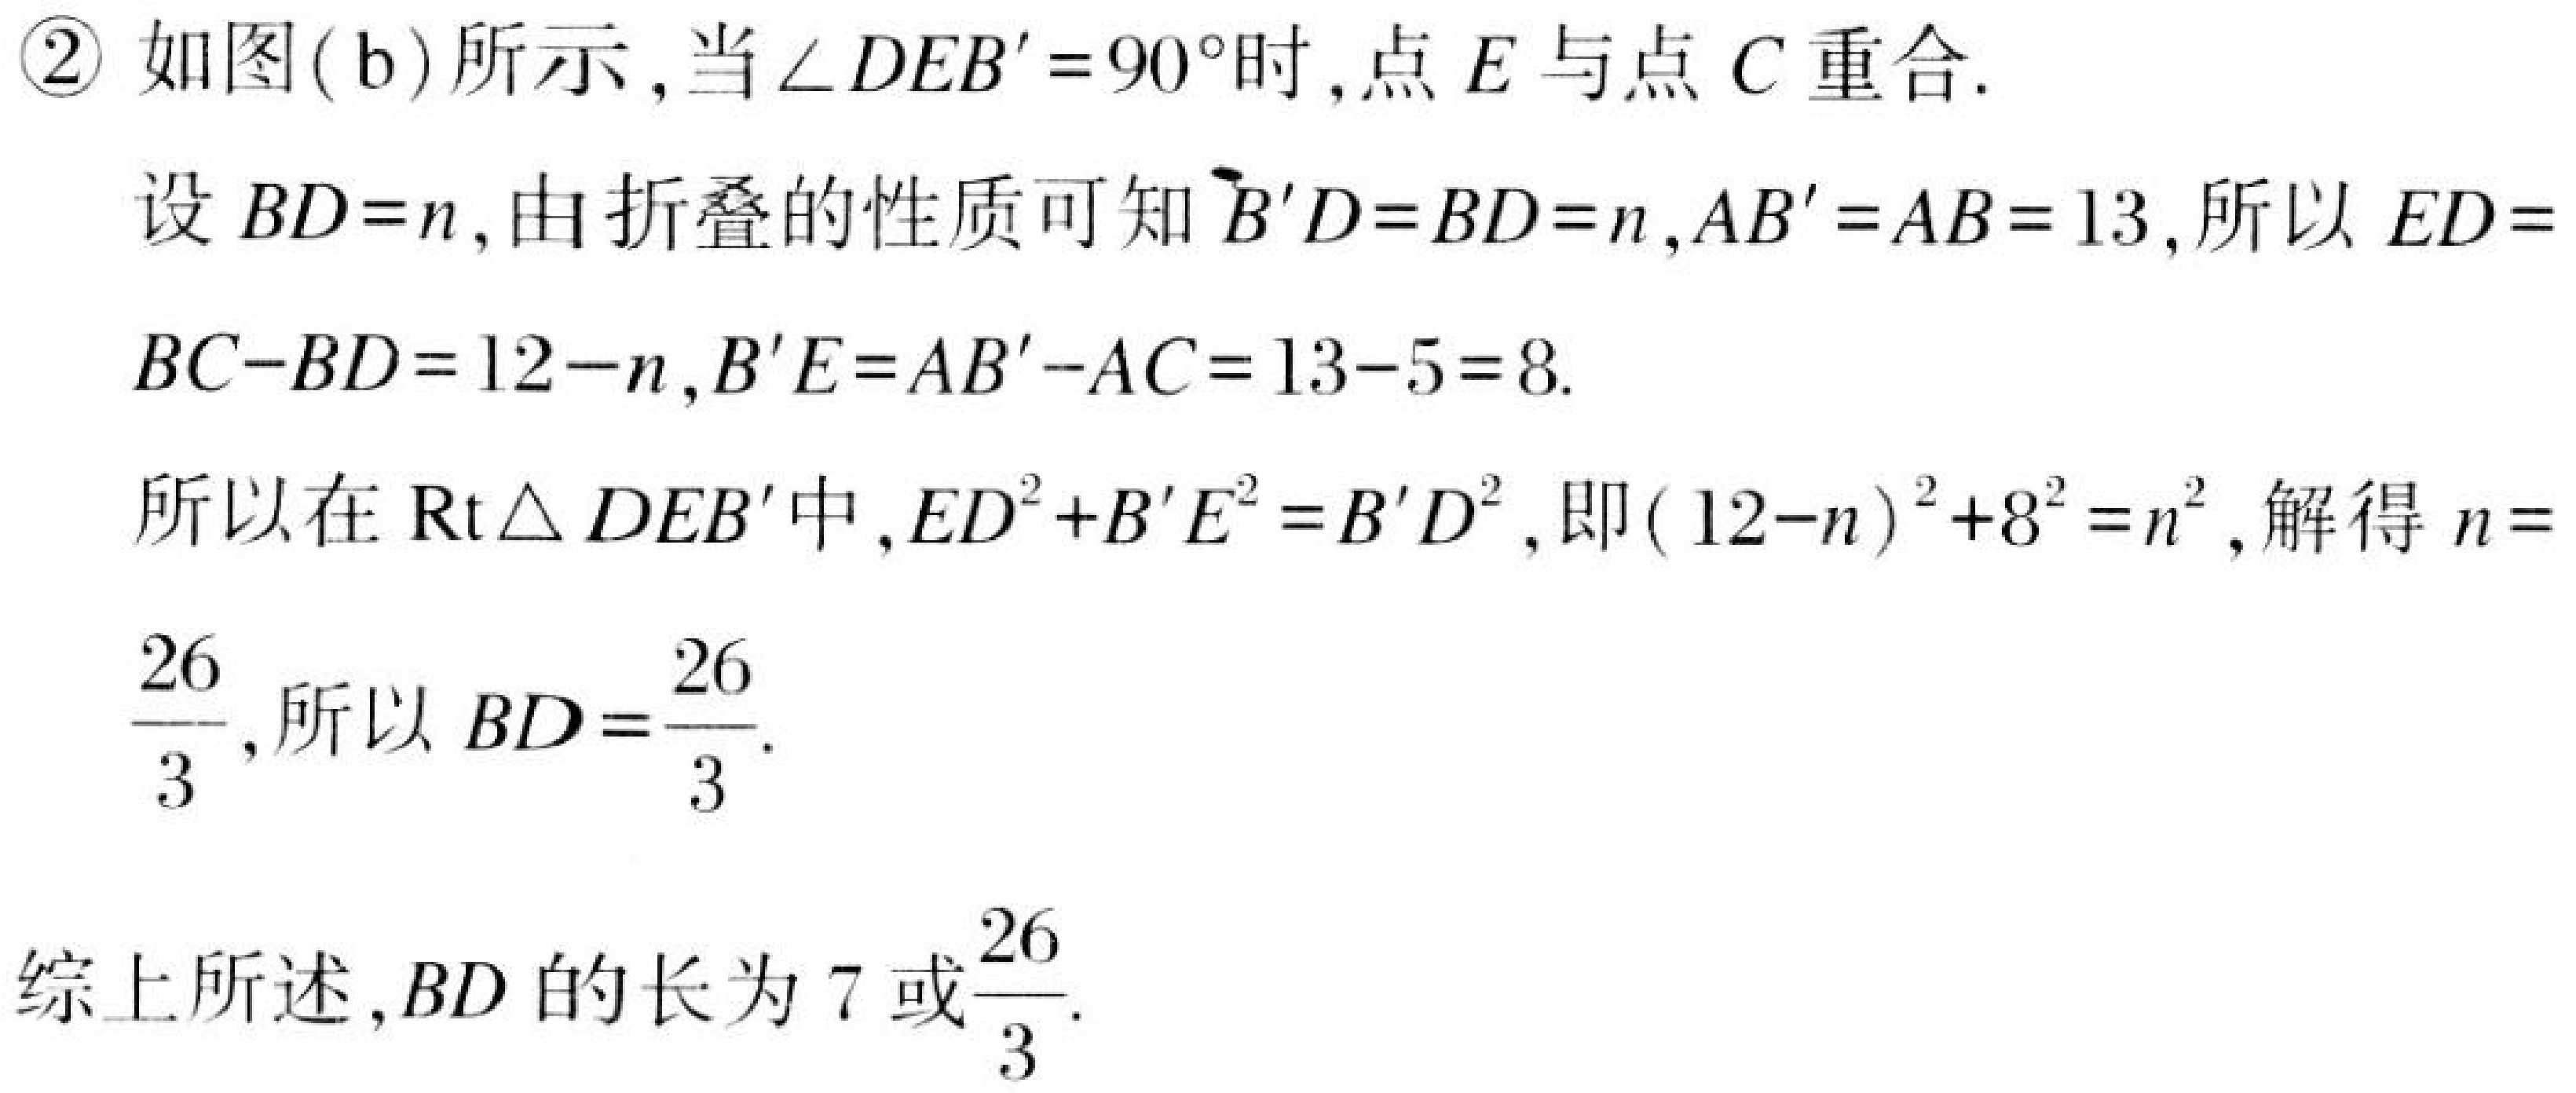
\textcircled{2} 如图(b)所示,当\(\angle DEB' = 90^{\circ}\)时,点\(E\)与点\(C\)重合.
设\(BD = n\),由折叠的性质可知\(B'D=BD = n\),\(AB' = AB = 13\),所以\(ED = BC - BD=12 - n\),\(B'E=AB'-AC = 13 - 5 = 8\).
所以在\(\text{Rt}\triangle DEB'\)中,\(ED^{2}+B'E^{2}=B'D^{2}\),即\((12 - n)^{2}+8^{2}=n^{2}\),解得\(n=\frac{26}{3}\),所以\(BD=\frac{26}{3}\).

综上所述,\(BD\)的长为\(7\)或\(\frac{26}{3}\).